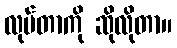
လုပ်တာကို ဆိုလိုတာ။